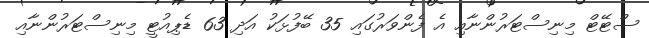
ސްޓޭޓް މިނިސްޓަރުންނާއި އެ ފެންވަރުގައި 35 ބޭފުޅަކު އަދި 63 ޑެޕިއުޓީ މިނިސްޓަރުންނާއި